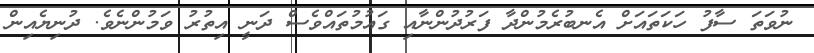
ނުވަތަ ސާފު ހަކަތައަށް އެނބުރެމުންދާ ފަރުދުންނާއި ގައުމުތައްވެސް ދަނީ އިތުރު ވަމުންނެވެ. ދުނިޔެއިން